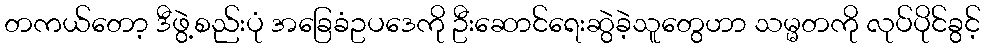
တကယ်တော့ ဒီဖွဲ့စည်းပုံ အခြေခံဥပဒေကို ဦးဆောင်ရေးဆွဲခဲ့သူတွေဟာ သမ္မတကို လုပ်ပိုင်ခွင့်